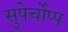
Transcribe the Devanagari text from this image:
सुपेर्चोप्प